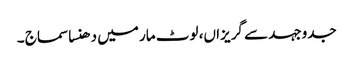
جدوجہد سے گریزاں، لوٹ مار میں دھنسا سماج ۔